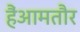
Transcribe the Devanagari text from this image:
हैंआमतौर